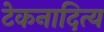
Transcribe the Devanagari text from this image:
टेकनादित्य